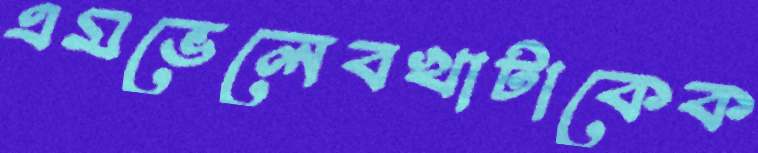
এমভেলেবখাটাকেক